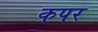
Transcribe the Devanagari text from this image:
कपर